Papers set at the Examination for Leaving Certificates, 1892
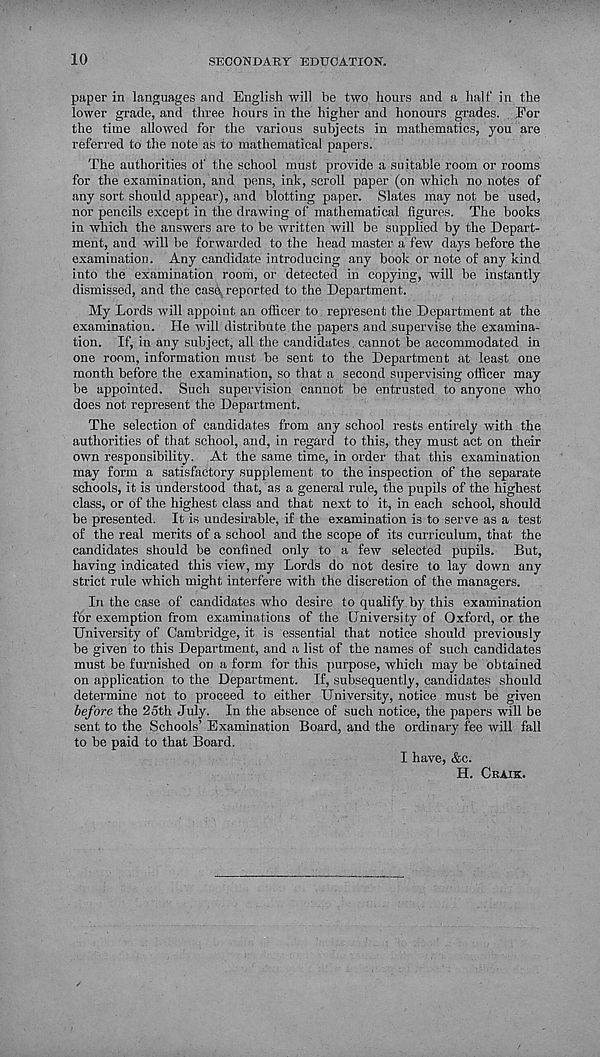
10
SECONDARY EDUCATION.
paper in languages and English will be two hours and a half in the
lower grade, and three hours in the higher and honours grades. Eor
the time allowed for the various subjects in mathematics, you are
referred to the note as to mathematical papers.
The authorities of the school must provide a suitable room or rooms
for the examination, and pens, ink, scroll paper (on which no notes of
any sort should appear), and blotting paper. Slates may not be used,
nor pencils except in the drawing of mathematical figures. The books
in which the answers are to be written will be supplied by the Depart-
ment, and will be forwarded to the head master a few days before the
examination. Any candidate introducing any book or note of any kind
into the examination room, or detected in copying, will be instantly
dismissed, and the case, reported to the Department.
My Lords will appoint an officer to represent the Department at the
examination. He will distribute the papers and supervise the examina-
tion. If, in any subject, all the candidates, cannot be accommodated in
one room, information must be sent to the Department at least one
month before the examination, so that a second supervising officer may
be appointed. Such supervision cannot be entrusted to anyone who
does not represent the Department.
The selection of candidates from any school rests entirely with the
authorities of that school, and, in regard to this, they must act on their
own responsibility. At the same time, in order that this examination
may form a satisfactory supplement to the inspection of the separate
schools, it is understood that, as a general rule, the pupils of the highest
class, or of the highest class and that next to it, in each school, should
be presented. It is undesirable, if the examination is to serve as a test
of the real merits of a school and the scope of its curriculum, that the
candidates should be confined only to a few selected pupils.
But,
having indicated this view, my Lords do not desire to lay down any
strict rule which might interfere with the discretion of the managers.
In the case of candidates who desire to qualify by this examination
for exemption from examinations of the University of Oxford, or the
University of Cambridge, it is essential that notice should previously
be given to this Department, and a list of the names of such candidates
must be furnished on a form for this purpose, which may be obtained
on application to the Department. If, subsequently, candidates should
determine not to proceed to either University, notice must be given
before the 25th July. In the absence of such notice, the papers will be
sent to the Schools’ Examination Board, and the ordinary fee will fall
to be paid to that Board.
I have, &c.
H. CRAIK.